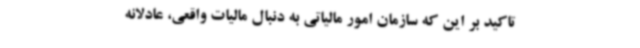
تاکید بر این که سازمان امور مالیاتی به دنبال مالیات واقعی، عادلانه